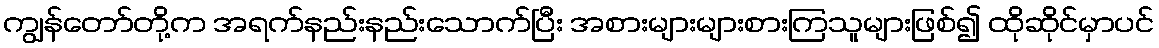
ကျွန်တော်တို့က အရက်နည်းနည်းသောက်ပြီး အစားများများစားကြသူများဖြစ်၍ ထိုဆိုင်မှာပင်